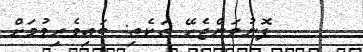
ފޮނުވަންޖެހޭ ތަކެތި: ބައިވެރިވުމަށް